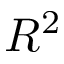
R ^ { 2 }